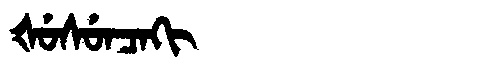
Manchu: ᡧᡠᠰᡠᠨᠴᠠᡴᡳ
Romanization: ŠUSUNCAKI